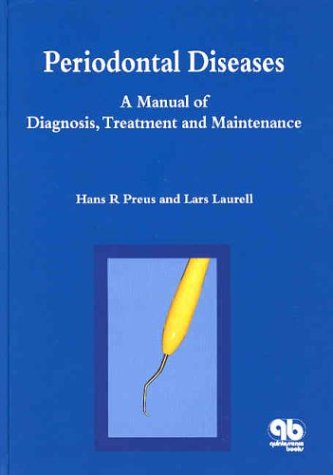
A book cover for Periodontal Diseases A Manual of Diagnosis, Treatment and Maintenance; Hans R. Preus; Medical Books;